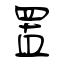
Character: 置